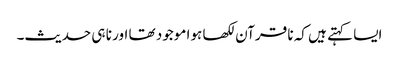
ایسا کہتے ہیں کہ نا قرآن لکھا ہوا موجود تھا اور نا ہی حدیث۔